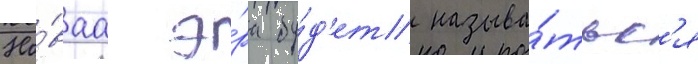
Но́ваа э́ра бу́д'ет называ́тьс'я